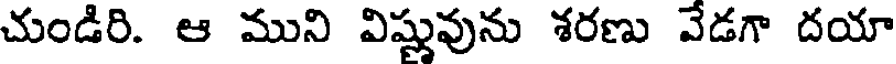
చుండిరి. ఆ ముని విష్ణువును శరణు వేడగా దయా